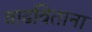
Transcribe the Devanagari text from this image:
वाढविताना